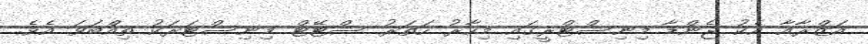
އަޒްރާާއާ އެކު ޖެންޑާ މިނިސްޓްރީގައި މިހާރު ހަތަރު ސްޓޭޓް މިނިސްޓަރަކު ތިއްބަވަ އެވެ.